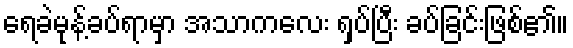
ရေခဲမုန့်ခပ်ရာမှာ အသာကလေး ရှပ်ပြီး ခပ်ခြင်းဖြစ်၏။